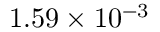
1 . 5 9 \times 1 0 ^ { - 3 }